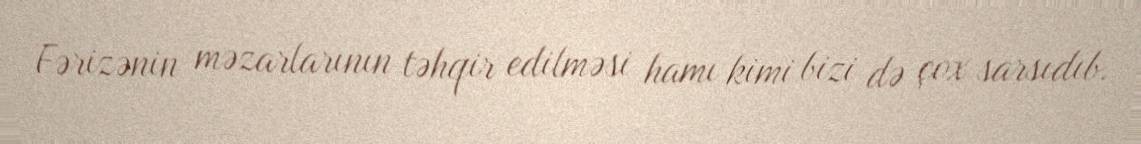
Fərizənin məzarlarının təhqir edilməsi hamı kimi bizi də çox sarsıdıb.